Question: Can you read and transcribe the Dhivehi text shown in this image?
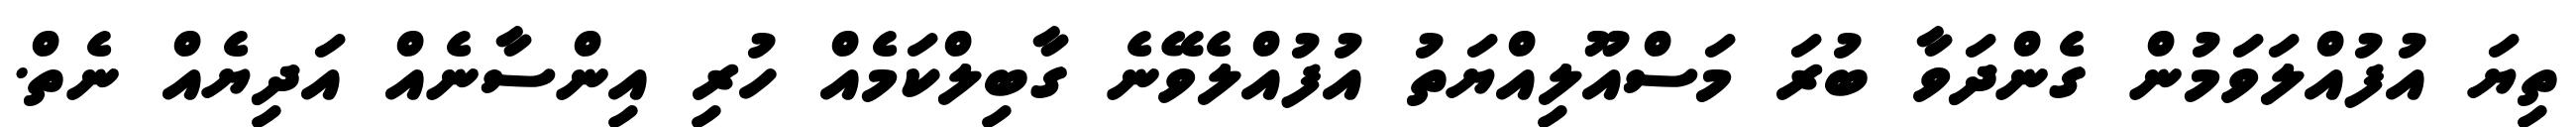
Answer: ތިޔަ އުފުއްލަވަމުން ގެންދަވާ ބުރަ މަސްއޫލިއްޔަތު އުފުއްލެވޭނެ ގާބިލްކަމެއް ހުރި އިންސާނެއް އަދިޔެއް ނެތް.